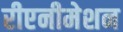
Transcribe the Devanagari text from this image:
रीएनीमेशन